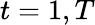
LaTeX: t=1,T